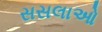
સસલાઓ